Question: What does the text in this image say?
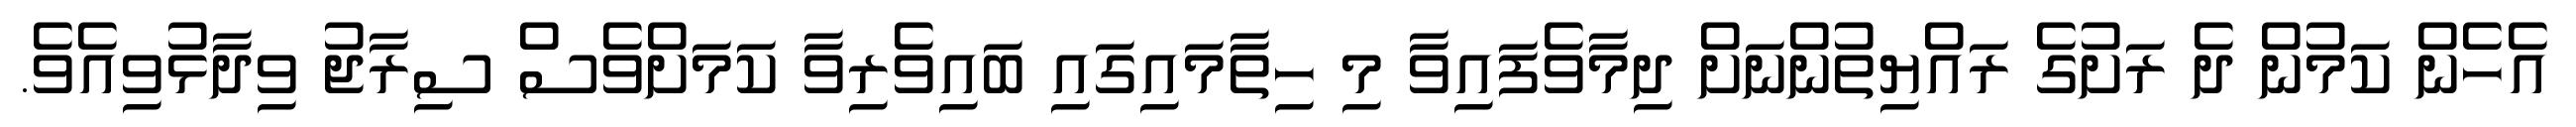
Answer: އެހެން ކަމުން ދެ ރަށުގެ ރައްޔިތުންނަށް ދިމާވެފައިވާ މި ހިތާމައިގައި ބައިވެރިވާ ކަމަށްވެސް ސިރާޖު ވިދާޅުވިއެވެ.